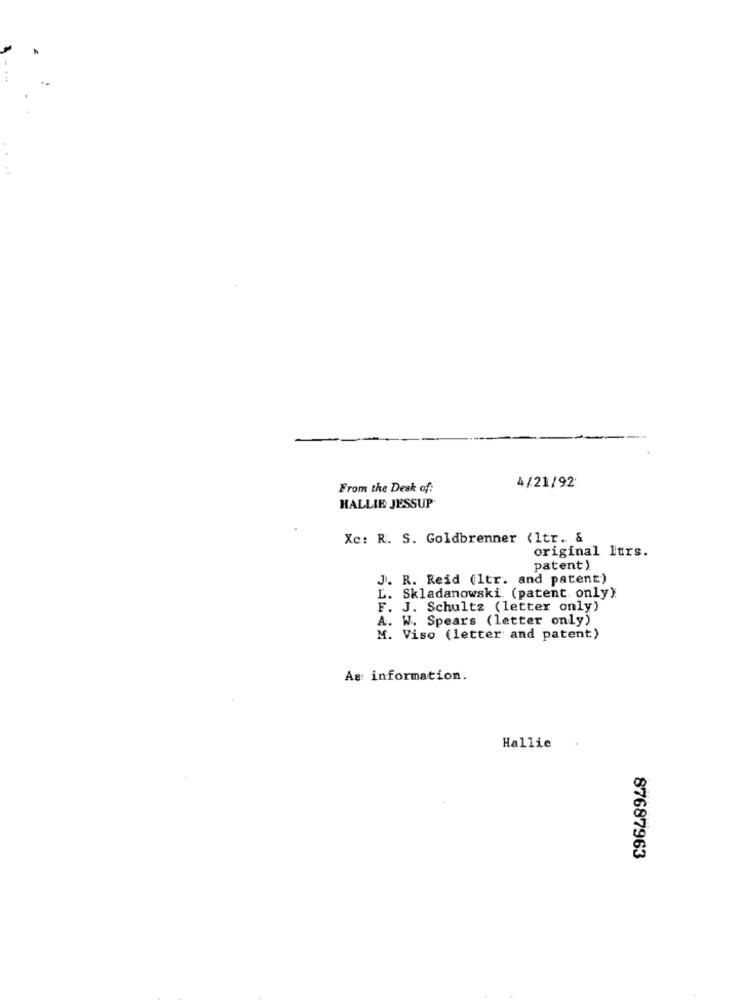
From the Desk of:
4/21/92:
HALLIE JESSUP
Xc: R. S. Goldbrenner (1tr. &
original ltrs.
patent)
J. R. Reid (1tr. and patent)
L. Skladanowski. (patent only);
F. J. Schultz (letter only)
A. W. Spears (letter only)
M. Viso (letter and patent)
As information.
Hallie
87687963